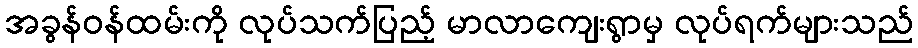
အခွန်ဝန်ထမ်းကို လုပ်သက်ပြည့် မာလာကျေးရွာမှ လုပ်ရက်များသည်